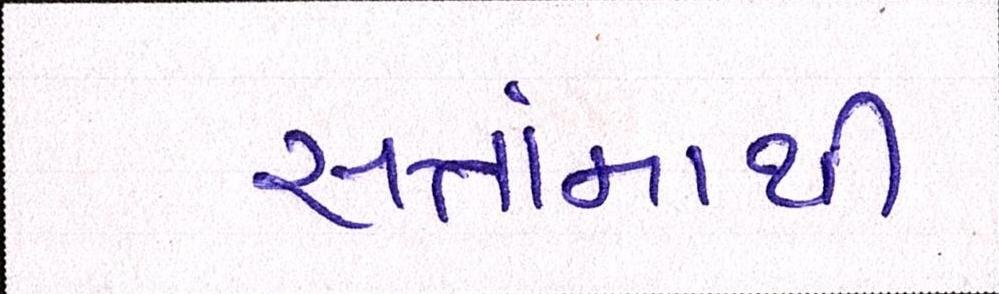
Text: સત્તામાંથી